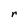
Character: r